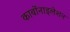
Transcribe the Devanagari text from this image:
कार्बोनाइलेशन